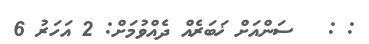
: :   ސަންއަށް ޚަބަރެއް ދެއްވުމަށް: 2 އަހަރު 6